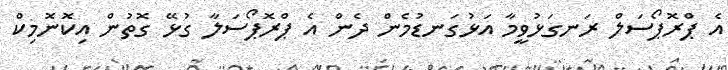
އެ ޕްރޮޕޯސަލް ރަނގަޅުވީމާ އަޅުގަނޑުމެން ދެން އެ ޕްރޮޕޯސަލާ ގުޅޭ ގޮތުން އިކޮނޮމިކް